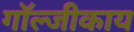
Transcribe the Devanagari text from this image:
गॉल्जीकाय